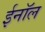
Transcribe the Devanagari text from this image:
ईनॉल